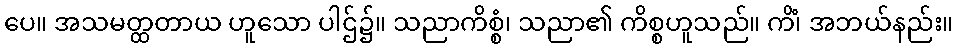
ပေ။ အသမတ္ထတာယ ဟူသော ပါဌ်၌။ သညာကိစ္စံ၊ သညာ၏ ကိစ္စဟူသည်။ ကိံ၊ အဘယ်နည်း။